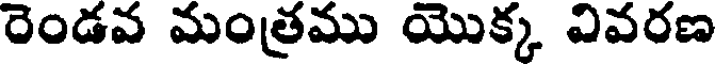
రెండవ మంత్రము యొక్క వివరణ